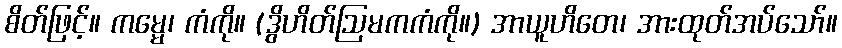
စိတ်ဖြင့်။ ကမ္မေ၊ ကံကို။ (ဒွိဟိတ်ဩမကကံကို။) အာယူဟိတေ၊ အားထုတ်အပ်သော်။